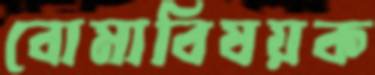
বোমাবিষয়ক